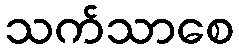
သက်သာစေ